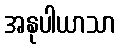
အနုပါယာသာ